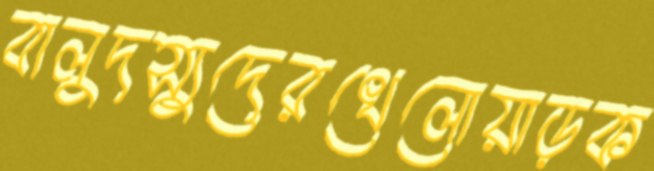
বালুদস্যুদেরখেলোয়াড়ক